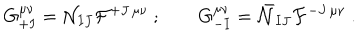
LaTeX: G _ { + I } ^ { \mu \nu } = { \cal N } _ { I J } { \cal F } ^ { + J \, \mu \nu } \ ; \qquad G _ { - I } ^ { \mu \nu } = \bar { \cal N } _ { I J } { \cal F } ^ { - J \, \mu \nu } \ .